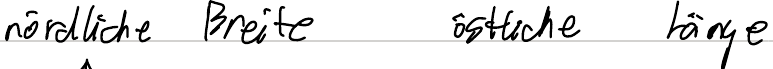
nördliche Breite   östliche Länge